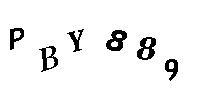
PBY889